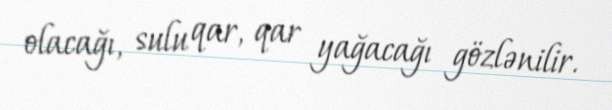
olacağı, sulu qar, qar yağacağı gözlənilir.